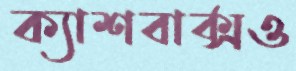
ক্যাশবাক্সও